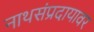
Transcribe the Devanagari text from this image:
नाथसंप्रदायावर